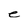
Character: e